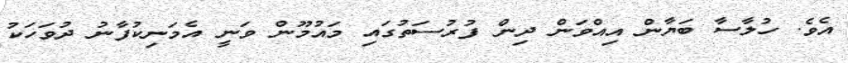
އެވެ. ހުލާސާ ބަޔާން އިއްވަން ދިން ފުރުސަތުގައި މައުމޫން ވަނީ އެމަނިކުފާނު ދުވަހަކު